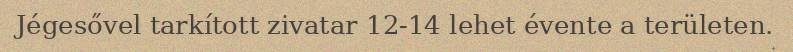
Jégesővel tarkított zivatar 12-14 lehet évente a területen.